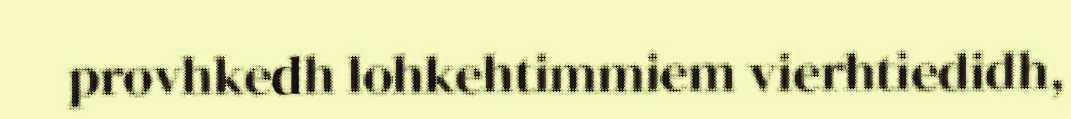
provhkedh lohkehtimmiem vierhtiedidh,